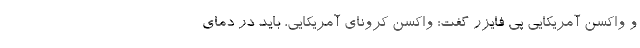
و واکسن آمریکایی پی فایزر گفت: واکسن کرونای آمریکایی، باید در دمای